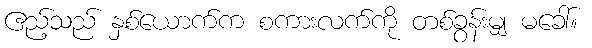
ဧည့်သည် နှစ်ယောက်က စကားလက်ကို တစ်ခွန်းမျှ မခေါ်။